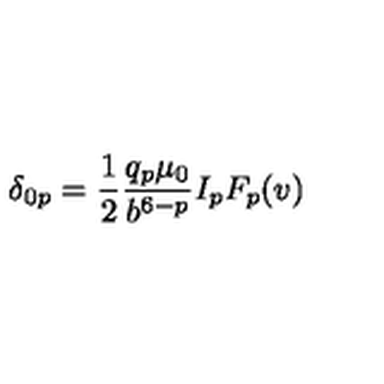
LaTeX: \delta _ { 0 p } = { \frac { 1 } { 2 } } { \frac { q _ { p } \mu _ { 0 } } { b ^ { 6 - p } } } I _ { p } F _ { p } ( v )